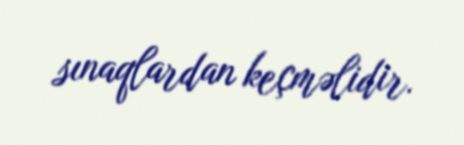
sınaqlardan keçməlidir.